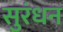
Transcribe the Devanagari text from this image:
सुरंधन